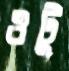
ওটু